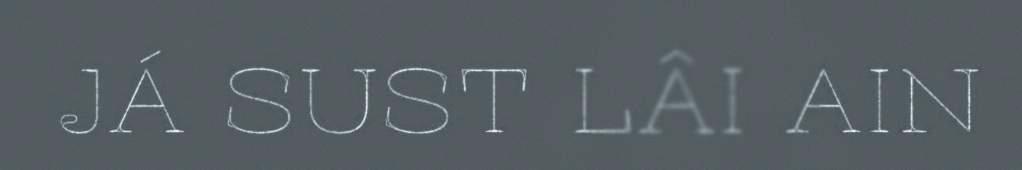
JÁ SUST LÂI AIN